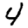
Digit: 4